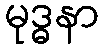
မုဒ္ဓနာ